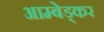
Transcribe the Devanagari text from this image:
आम्बेड्कर